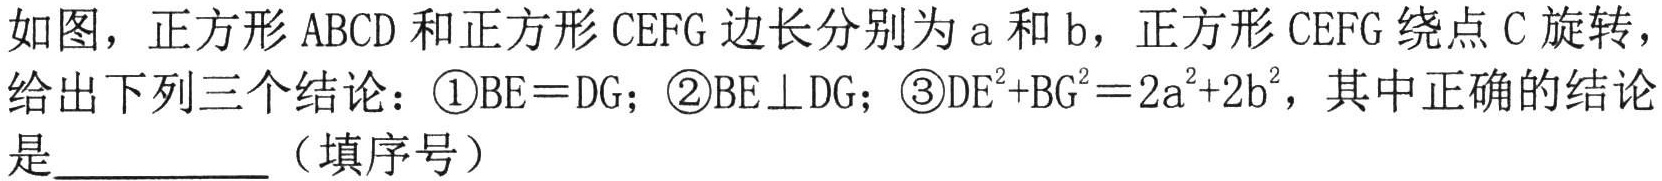
如图，正方形 \(ABCD\) 和正方形 \(CEFG\) 边长分别为 \(a\) 和 \(b\)，正方形 \(CEFG\) 绕点 \(C\) 旋转，给出下列三个结论：\textcircled{1}\(BE = DG\)；\textcircled{2}\(BE\perp DG\)；\textcircled{3}\(DE^{2}+BG^{2}=2a^{2}+2b^{2}\)，其中正确的结论是  （填序号）